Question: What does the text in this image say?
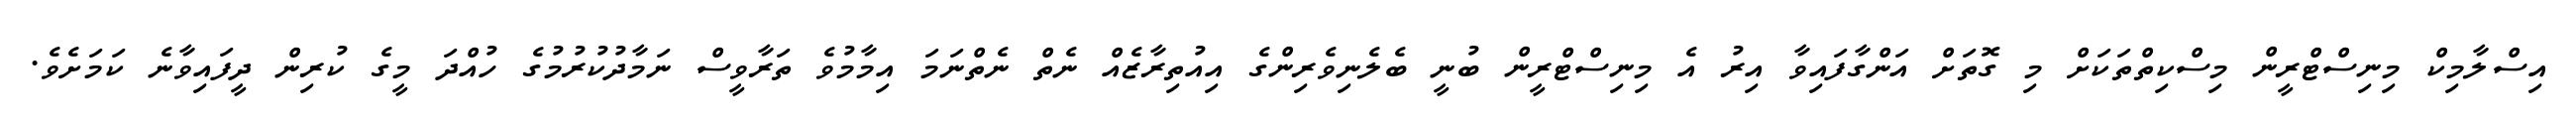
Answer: އިސްލާމިކް މިނިސްޓްރީން މިސްކިތްތަކަށް މި ގޮތަށް އަންގާފައިވާ އިރު އެ މިނިސްޓްރީން ބުނީ ބެލެނިވެރިންގެ އިއުތިރާޒެއް ނެތް ނެތްނަމަ އިމާމުވެ ތަރާވީސް ނަމާދުކުރުމުގެ ހުއްދަ މީގެ ކުރިން ދީފައިވާނެ ކަމަށެވެ.